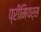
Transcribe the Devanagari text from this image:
प्रीमियर्स